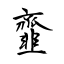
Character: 韲